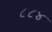
૮૮૪